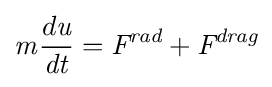
{\mathit {m}}{\frac {d{\textit {u}}}{\mathit {dt}}}={\textit {F}}^{\textit {rad}}+{\textit {F}}^{\textit {drag}}